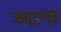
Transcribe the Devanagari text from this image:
ऋतूपासून